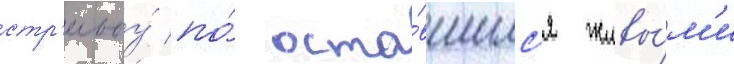
стр'ельбу́ по́ оста́вшимс'я живы́м'и